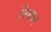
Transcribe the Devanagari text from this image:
निमयन